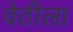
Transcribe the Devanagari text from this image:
वेठीला